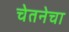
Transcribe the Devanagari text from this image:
चेतनेचा